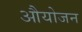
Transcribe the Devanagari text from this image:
औयोजन